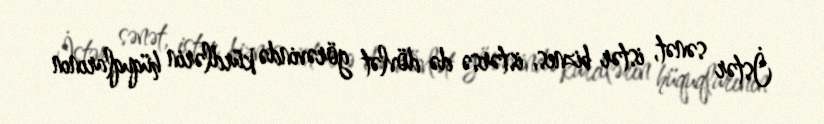
İstər sənət, istər biznes, istərsə də dövlət görəvində kürdlərin hüquqlarının